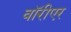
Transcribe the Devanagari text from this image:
वॉरीएर